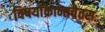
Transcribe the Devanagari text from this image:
विषयाक्रान्तचेतसः